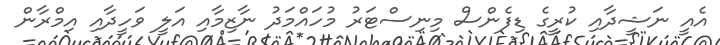
އެއީ ނަޝީދާއި ކުރީގެ ޑިފެންސް މިނިސްޓަރު މުހައްމަދު ނާޒިމާއި އަލީ ވަހީދާއި އިމްރާން